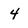
Character: 4